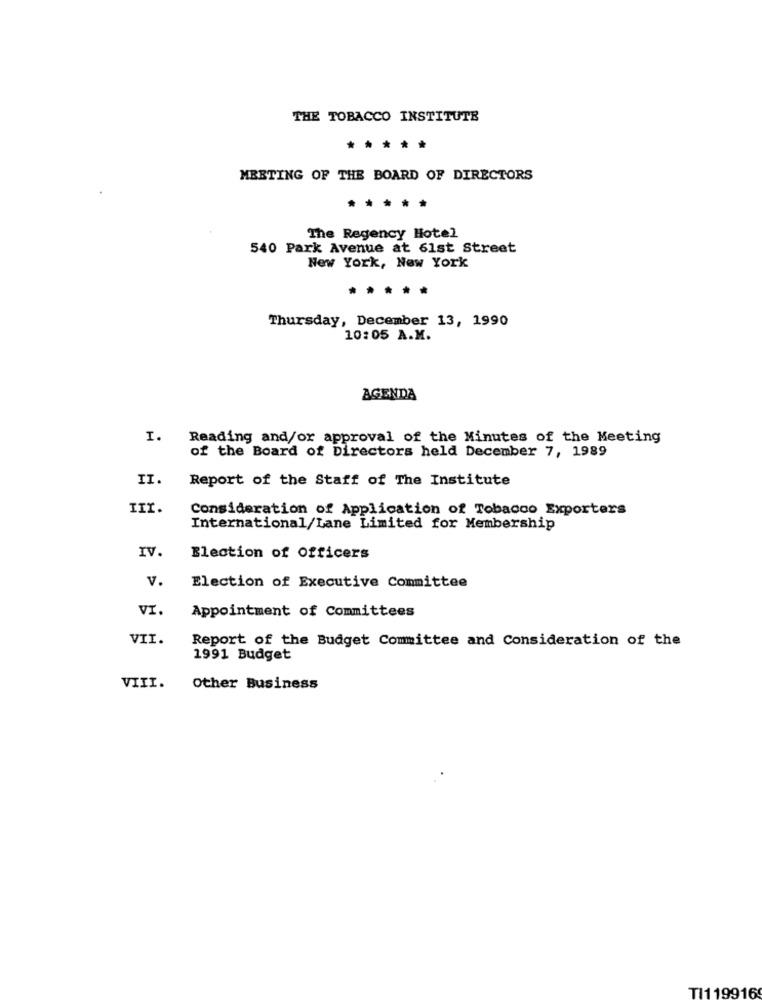
THE TOBACCO INSTITUTE
*****
MEETING OF THE BOARD OF DIRECTORS
The Regency Hotel
540 Park Avenue at 61st Street
New York, New York
Thursday, December 13, 1990
10:05 A.M.
AGENDA
I.
Reading and/or approval of the Minutes of the Meeting
of the Board of Directors held December 7, 1989
II.
Report of the Staff of The Institute
III.
Consideration of Application of Tobacco Exporters
International/Lane Limited for Membership
IV
Election of Officers
v.
Election of Executive Committee
VI.
Appointment of Committees
VII.
Report of the Budget Committee and Consideration of the
1991 Budget
VIII.
Other Business
TI119916